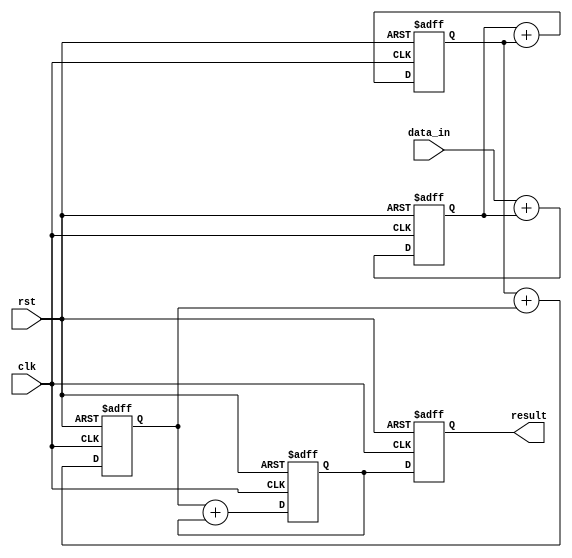
module cascaded_accumulator (
    input wire clk,
    input wire rst,
    input wire [7:0] data_in,
    output reg [15:0] result
);

reg [15:0] accumulator [3:0];

initial begin
    accumulator[0] = 8'h00;
    accumulator[1] = 8'h00;
    accumulator[2] = 8'h00;
    accumulator[3] = 8'h00;
end

always @ (posedge clk or posedge rst) begin
    if (rst) begin
        accumulator[0] <= 8'h00;
        accumulator[1] <= 8'h00;
        accumulator[2] <= 8'h00;
        accumulator[3] <= 8'h00;
        result <= 16'h0000;
    end else begin
        accumulator[0] <= data_in + accumulator[0];
        accumulator[1] <= accumulator[0] + accumulator[1];
        accumulator[2] <= accumulator[1] + accumulator[2];
        accumulator[3] <= accumulator[2] + accumulator[3];
        
        result <= accumulator[3];
    end
end

endmodule